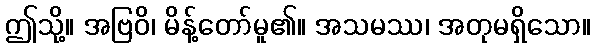
ဤသို့။ အဗြဝိ၊ မိန့်တော်မူ၏။ အသမဿ၊ အတုမရှိသော။